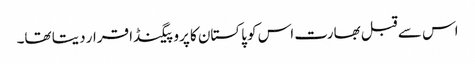
اس سے قبل بھارت اس کو پاکستان کا پروپیگنڈا قرار دیتا تھا۔